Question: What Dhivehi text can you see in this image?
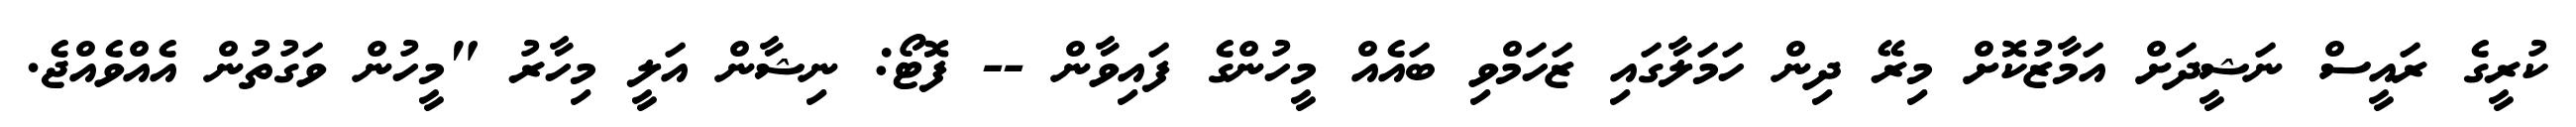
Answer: ކުރީގެ ރައީސް ނަޝީދަށް އަމާޒުކޮށް މިރޭ ދިން ހަމަލާގައި ޒަހަމްވި ބައެއް މީހުންގެ ފައިވާން -- ފޮޓޯ: ނިޝާން އަލީ މިހާރު "މީހުން ވަގުތުން އެއްވެއްޖެ.